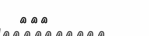
١٦٠